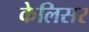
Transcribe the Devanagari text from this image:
केलिसर